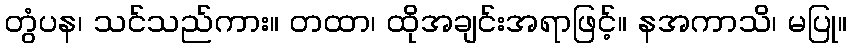
တွံပန၊ သင်သည်ကား။ တထာ၊ ထိုအချင်းအရာဖြင့်။ နအကာသိ၊ မပြု။